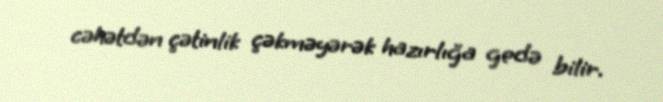
cəhətdən çətinlik çəkməyərək hazırlığa gedə bilir.